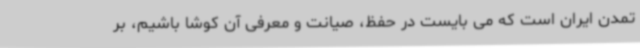
تمدن ایران است که می بایست در حفظ، صیانت و معرفی آن کوشا باشیم، بر